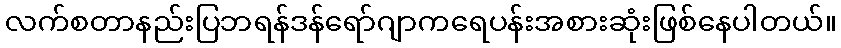
လက်စတာနည်းပြဘရန်ဒန်ရော်ဂျာကရေပန်းအစားဆုံးဖြစ်နေပါတယ်။